Calcutta medical institutions reports 1879-81 [i.e.91]
Year: 1879
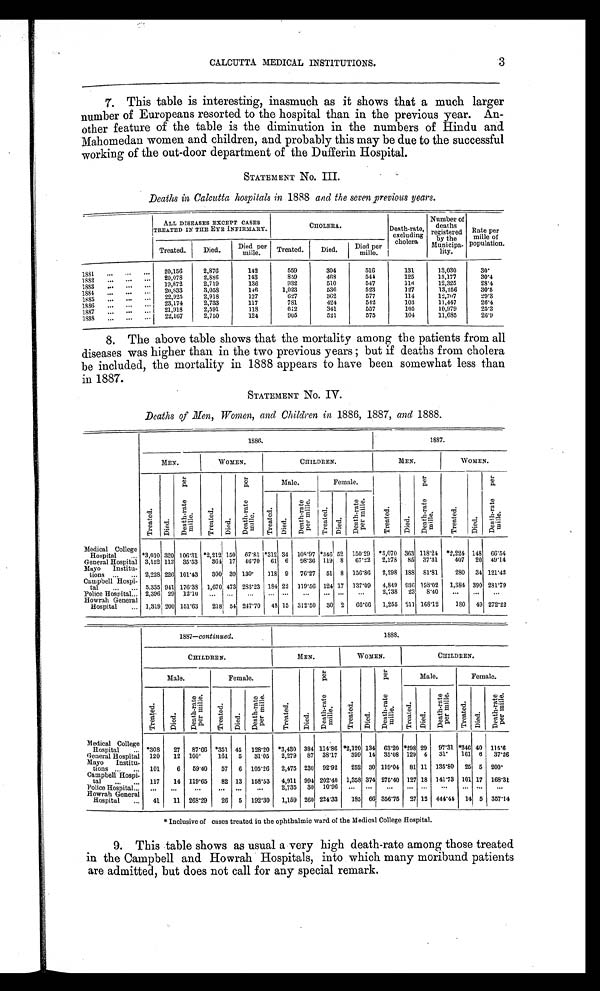
CALCUTTA MEDICAL INSTITUTIONS.
3
7. This table is interesting, inasmuch as it shows that a much larger
number of Europeans resorted to the hospital than in the previous year. An
-other feature of the table is the diminution in the numbers of Hindu and
Mahomedan women and children, and probably this may be due to the successful
working of the out-door department of the Dufferin Hospital.
STATEMENT No. III.
Deaths in Calcutta hospitals in 1888 and the seven previous years.
ALL DISEASES EXCEPT CASES
T R E A T E D I N T H E E Y E I N F I R M A R Y .
CHOLERA.
Death-rate,
excluding
cholera
Number of
deaths
registered b
y the
Municipa-
lity.
Rate per
mille of
Population.
Treated.
Died.
Died per
mille.
Treated.
D i e d .
Died per
mille.
1 8 8 1 . . . . . . . . .
20,156
2,876
142
559
304
516
131
13,030
30.
1882 ... ... ...
20,078
2,886
143
859
468
544
125
13,177
30.4
1883
...
19,872
2,719
136
9 3 2
510
547
1 1 6
12,325
28.4
1 8 8 4 . . . . . . 2 0 , 8 3 3
3,058
146
1,023
536
523
127
13,256
30.5
1885
... ...
2 2 , 9 2 5
2 , 9 1 8
127
6 2 7
3 6 2
5 7 7
114
12,707
2 9 . 3
1 8 8 6 . . . . . . . . . . 23,174
2,733
117
781
424
5 4 2
1 0 3
11,447
26.4
1 8 8 7 . . . . . . 21,918
2,591
118
612
341
557
105
10,979
25.3
1888
...
...
...
2 2 , 1 6 7
2,750
124
905
521
575
104
11,685
26.9
8. The above table shows that the mortality among the patients from all
diseases was higher than in the two previous years; but if deaths from cholera
be included, the mortality in 1888 appears to have been somewhat less than
in 1887.
STATEMENT
N o . I V .
Deaths of Men, Women, and Children in 1886,1887 a n d
1 8 8 8 .
1886.
1887.
MEN.
WOMEN.
CHILDREN.
MEN.
WOMEN.
T r e a t e d .
Di e d .
D e a t h - r a t e p e r
m i l l e .
T r e a t e d .
Di ed.
D e a t h - r a t e p e r
m i l l e .
Male.
Female.
T r e a t e d .
Di e d .
D e a t h - r a t e p e r
m i l l e .
T r e a t e d .
Di ed.
D e a t h - r a t e p e r
m i l l e .
Treat ed.
Di e d .
De a t h - r a t e
p e r mi l l e .
T r e a t e d .
D i e d .
Deat h- r at e
per mi l l e.
Medical College
Hospital ...
*3,010 320 106.31 *2,212 150 67.81 *312 34 108.97 *340 52 150.29 *3,070 363 118.24 *2,224 148 66.54
General Hospital 3,152 112 35.53
364
1 7 46.70
6 1 6 98.36 119 8 67.22 2,278 85 37.31
407 20 49.14
Mayo
Institu-
tions ... ... 2,228 226 101.43
300 39 130.
118 9 76.27 51 8 156.86 2,298 188 81.81
280 34 121.42
Campbell Hospi-
tal
...
... 5,335 941 176.38 1,670 473 283.23 184 22 119.56
1 2 4 17 137.09 4,849
9 3 6 193.02 1,384 390 281.79
Police Hospital ... 2,396 29 12.10
. . .
. . .
. . .
. . . . . .
. . .
. . .
. . .
. . .
2,738 23 8.40
. . .
. . .
. . .
Howrah General
Hospital
... 1,319 200 151.63
218 54 247.70 48 15 312.50 30 2 66.66 1,255 211 168.12
180 49 272.22
1887—continued.
1888.
CHILDREN.
MEN.
WOMEN.
CHILDREN.
Male.
Female.
T r e a t e d .
D i e d .
D e a t h - r a t e p e r
m i l l e .
T r e a t e d .
Died.
D e a t h - r a t e p e r
m i l l e .
Male.
Female.
T r e a t e d .
D i e d .
Deat h-rat e
per mille.
T r a t e d .
D i e d .
De a t h - r a t e
pe r mi l l e .
T r e a t e d .
D i e d .
Death-rate per mille.
T r e a t e d .
D i e d .
De a t h- r a t e
per mi l l e.
Medical College
Hospital
...
*
3 0 8 27 87.66
*
351 45 128.20 *3,430 384 114.86
*2,120 134 63.20
*298 29 97.31
*346 40 115.6
General Hospital 120
12 100.
161 5
31.05
2,279 87 38.17
399 14 35.08 129 4 31. 161 6 37.26
Mayo
Institu-
tions ... ...
101
6
59.40
57
6 105.26
2,475 230 92.92
252 30 119.04 81 11 135.80 25 5 200.
Campbell Hospi-
tal
...
... 117
14 119.65
82 13 158.53 4,911 994 202.40 1,358 374 275.40 127 18 141.73 101 17 168.31
Police Hospital ...
. . .
. . .
. . .
. . .
. . .
. . .
2 , 7 3 5 30 10.96
. . .
. . .
. . .
. . . . . .
. . .
. . .
. . .
. . .
Howrah General
Hospital
...
41
11 268.29
26 5 192.30
1,159 260 224.33
185 66 356.75 27 12 444.44 14 5 357.14
* Inclusive of cases treated in the ophthalmic ward of the Medical College Hospital.
9. This table shows as usual a very high death-rate among those treated
in the Campbell and Howrah Hospitals, into which many moribund patients
are admitted, but does not call for any special remark.